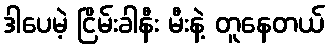
ဒါပေမဲ့ ငြိမ်းခါနီး မီးနဲ့ တူနေတယ်